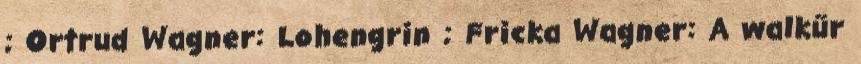
; Ortrud Wagner: Lohengrin ; Fricka Wagner: A walkűr